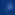
Transcribe